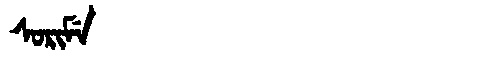
Manchu: ᠰᠣᡵᡳᠮᡝ
Romanization: SORIME